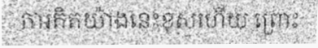
ការគិតយ៉ាងនេះខុសហើយ ព្រោះ